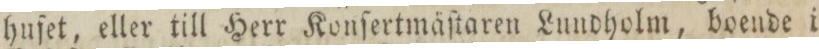
hufet, eller till Herr Konſertmäſtaren Lundholm, boende i